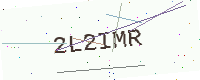
Text: 2L2IMR